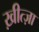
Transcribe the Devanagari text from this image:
ख़ीत्ज़ा